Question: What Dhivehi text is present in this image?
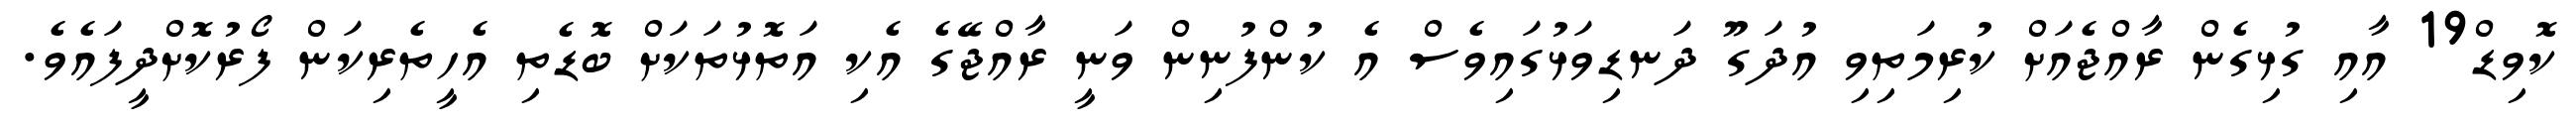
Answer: ކޮވިޑް19 އާއި ގުޅިގެން ރާއްޖެއަށް ކުރިމަތިވި އުދަގޫ ދަނޑިވަޅުގައިވެސް އެ ކުންފުނިން ވަނީ ރާއްޖޭގެ އެކި އަތޮޅުތަކަށް ބޮޑެތި އެހީތެރިކަން ފޯރުކޮށްދީފައެވެ.